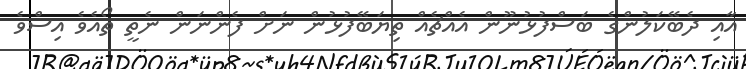
އާއި ދެބޭކަލުންގެ ބަސްފުޅުނޫން އެއްޗެއް ތިޔަބޭފުޅުން ނަށް ފެންނަން ނެތީ ތޯއެވެ އިސްވެ